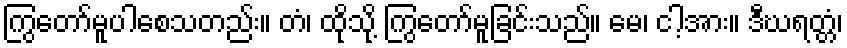
ကြွတော်မူပါစေသတည်း။ တံ၊ ထိုသို့ ကြွတော်မူခြင်းသည်။ မေ၊ ငါ့အား။ ဒီဃရတ္တံ၊